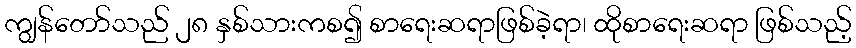
ကျွန်တော်သည် ၂၈ နှစ်သားကစ၍ စာရေးဆရာဖြစ်ခဲ့ရာ၊ ထိုစာရေးဆရာ ဖြစ်သည့်